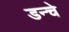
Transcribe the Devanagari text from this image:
डन्चे